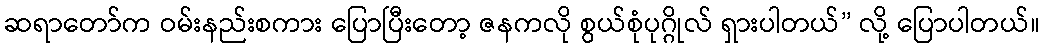
ဆရာတော်က ဝမ်းနည်းစကား ပြောပြီးတော့ ဇနကလို စွယ်စုံပုဂ္ဂိုလ် ရှားပါတယ်” လို့ ပြောပါတယ်။